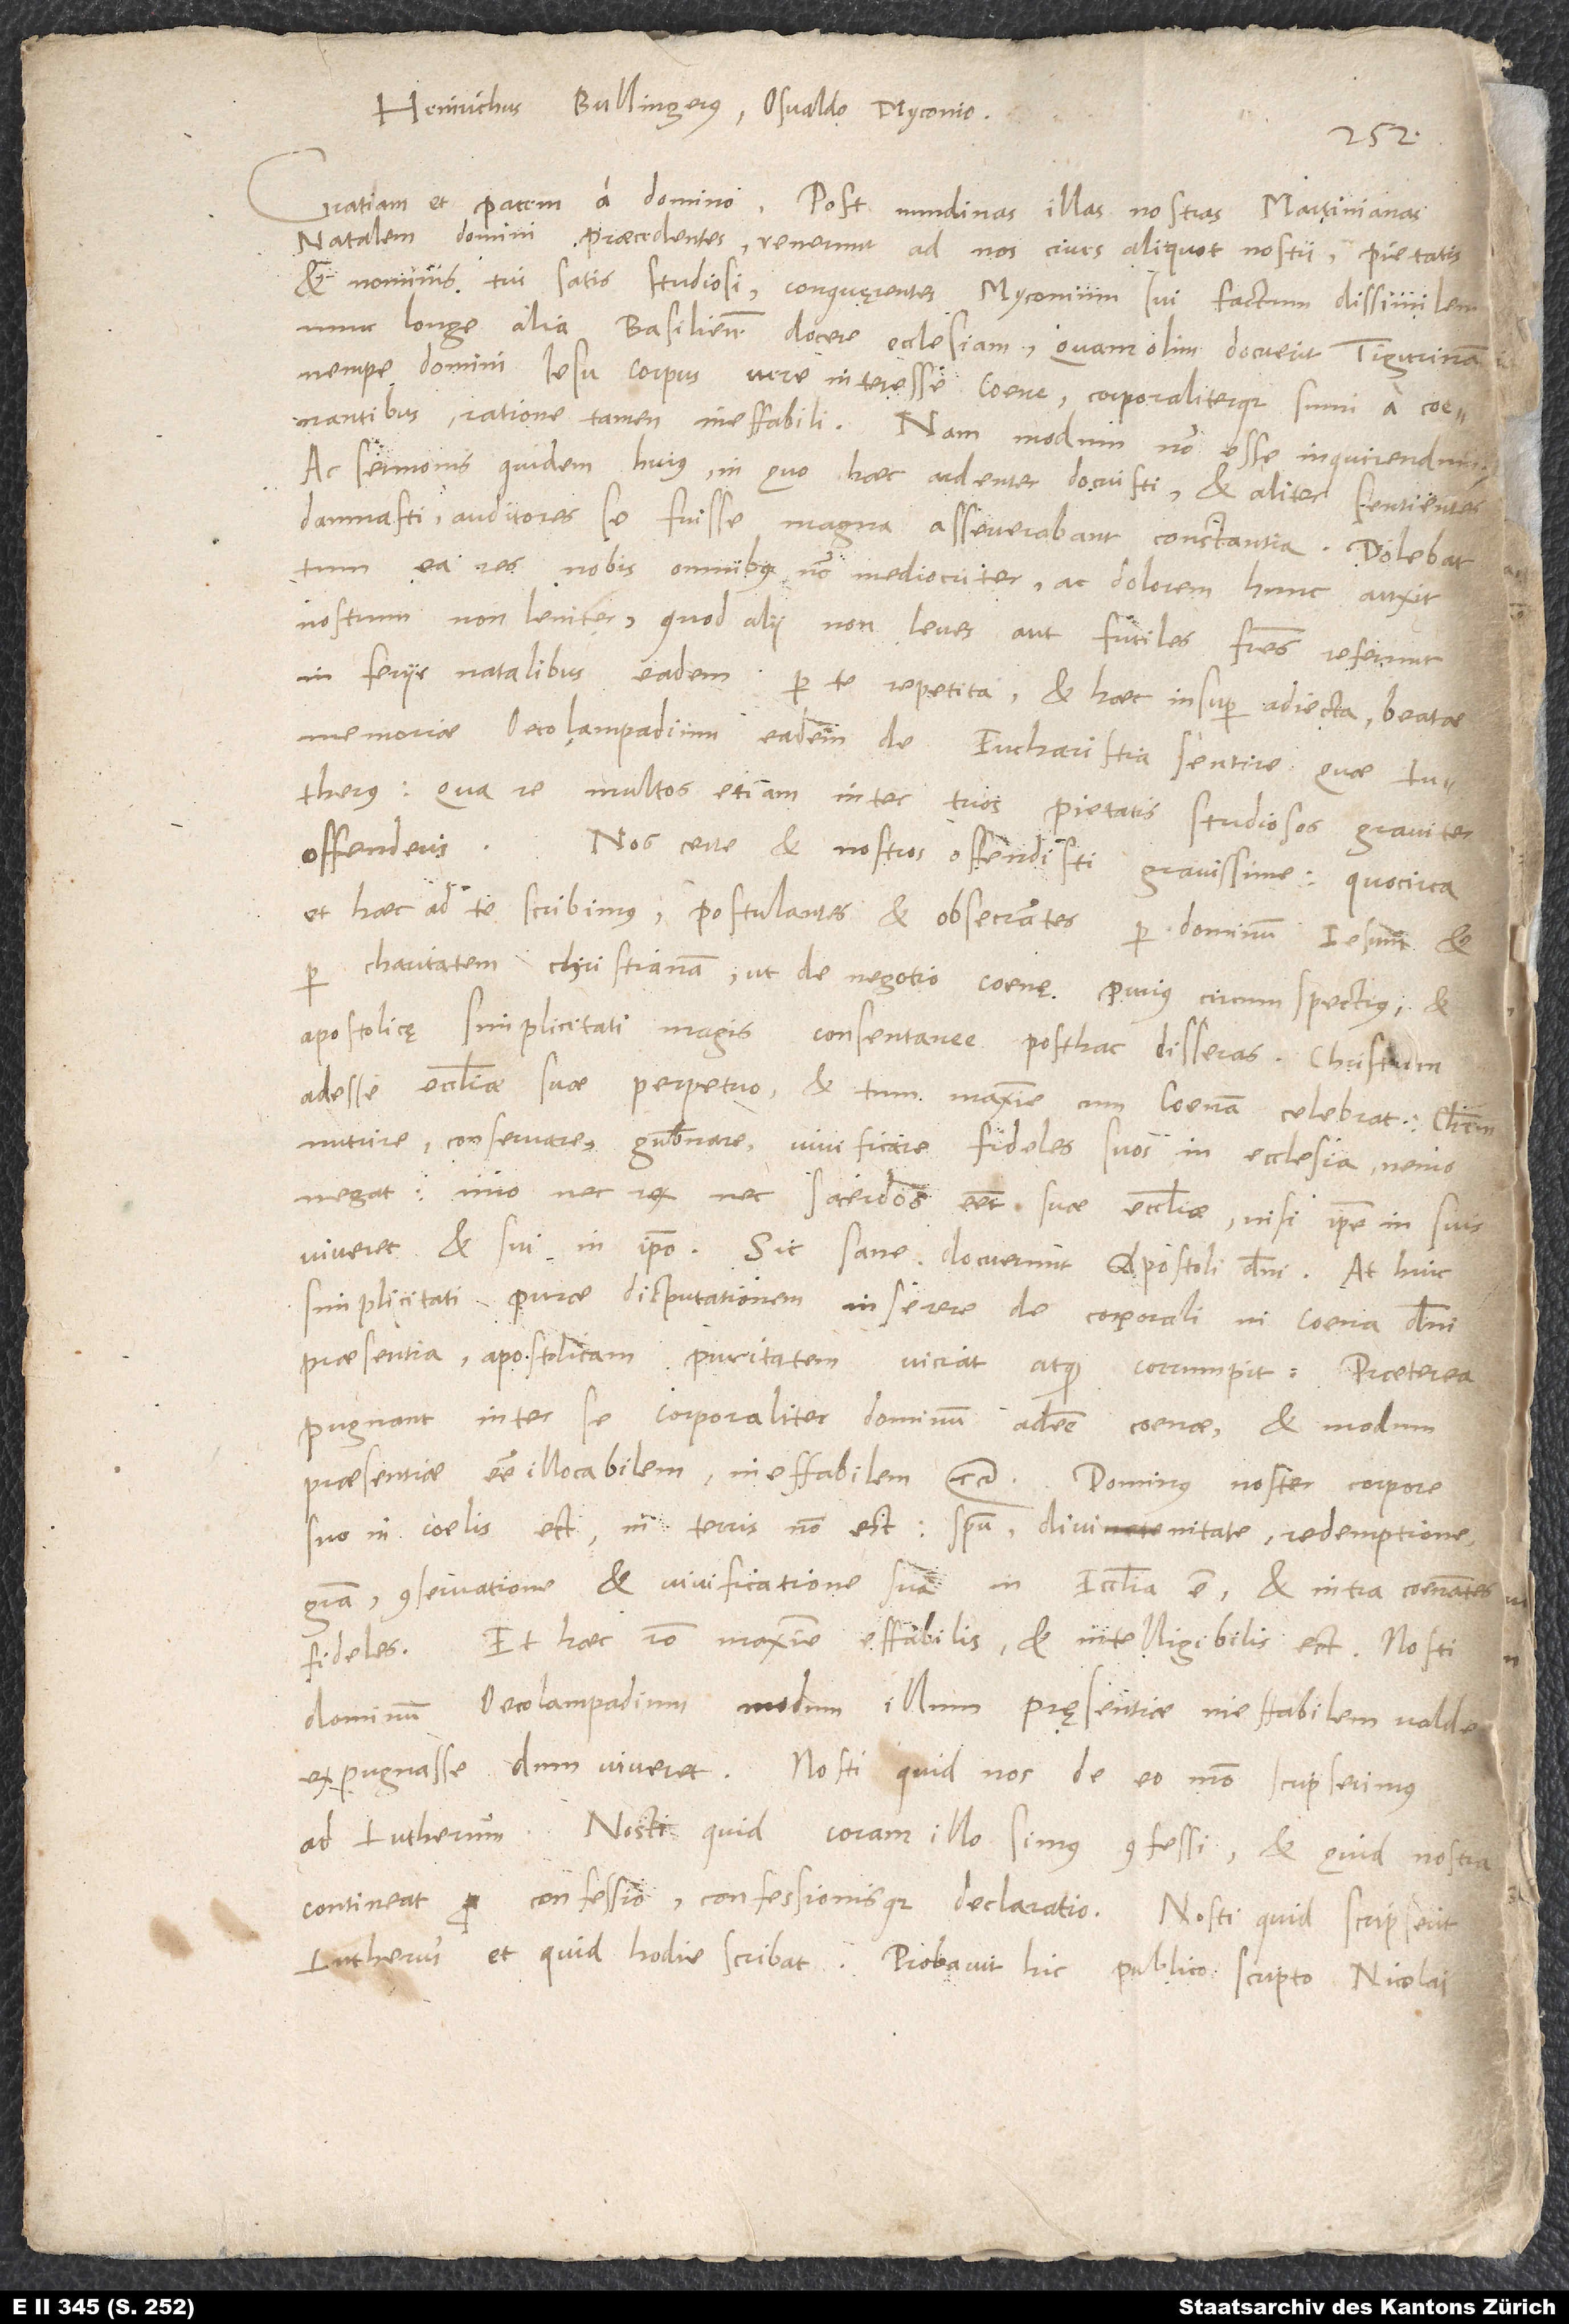
natalem domini praecedentes venerunt ad nos cives aliquot nostri pietatis
et nominis tui satis studiosi conquaerentes Myconium sui factum dissimilem,
nunc longe alia Basileiensem docere ecclesiam, quam olim docuerit Tigurinam,
nempe domini Iesu corpus vere interesse coenae corporaliterque sumi a coenantibus,
ratione tamen ineffabili; nam modum non esse inquirendum,
ac sermonis quidem huius, in quo haec ardenter docuisti et aliter sentientes
damnasti, auditores se fuisse magna asseverabant constantia. Dolebat
tum ea res nobis omnibus non mediocriter ac dolorem hunc nostrum
auxit non leviter, quod alii non leves aut futiles fratres referunt
in feriis natalibus eadem per te repetita et haec insuper adiecta: Beatae
memoriae Oecolampadium eadem de eucharistia sentire quae Lutherus,
qua re multos etiam inter tuos pietatis studiosos graviter
offenderis.
Nos certe ac nostros offendisti gravissime, quocirca
et haec ad te scribimus postulantes et obsecrantes per dominum Iesum et
per charitatem christianam, ut de negotio coenae purius, circumspectius et
apostolicae simplicitati magis consentanee posthac disseras.
adesse ecclesiae suae perpetuo et tum maxime, cum coenam celebrat, Christum
nutrire, conservare, gubernare, vivificare fideles suos in ecclesia nemo
negat; imo nec rex nec sacerdos esset suae ecclesiae, nisi ipse in suis
viveret et sui in ipso. Sic sane docuerunt apostoli domini. At huic
simplicitati purae disputationem inserere de corporali in coena domini
praesentia apostolicam puritatem viciat atque corrumpit. Praeterea
pugnant inter se corporaliter dominum adesse coenae et modum
praesentiae esse illocabilem, ineffabilem etc. Dominus noster corpore
suo in coelis est, in terris non est; spiritu, divinitate, redemptione,
gratia, conservatione et vivificatione sua in ecclesia est et intra coenantes
fideles. Et haec ratio maxime effabilis et intelligibilis est. Nosti
dominum Oecolampadium modum illum praesentiae ineffabilem valde
oppugnasse, dum viveret. Nosti, quid nos de eo modo scripserimus
ad Lutherum. Nosti, quid coram illo simus confessi et quid nostra
contineat confessio confessionisque declaratio. Nosti, quid scripserit